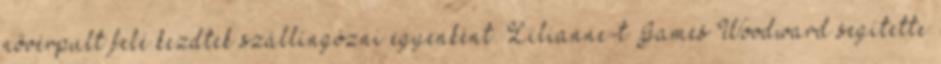
nővérpult felé kezdtek szállingózni egyenként. Lilianne-t James Woodward segítette